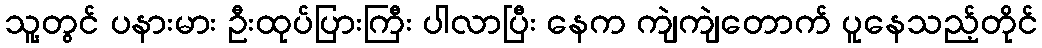
သူ့တွင် ပနားမား ဦးထုပ်ပြားကြီး ပါလာပြီး နေက ကျဲကျဲတောက် ပူနေသည့်တိုင်